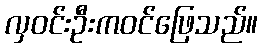
လှဝင်းဦးကဝင်ဖြေသည်။